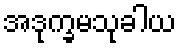
အဒုက္ခမသုခါယ